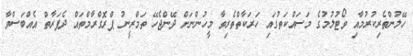
ހޭލުންތެރިކުރުމާއި ވޯޓުލުމުގެ މަސައްކަތުގައި ހަރަކާތްތެރިވާ މީހުންނަށް ދޭންޖެހޭ ތަމްރީނު ޕްރޮގްރާމްތައް ދެފަރާތް އެއްބަސްވާ